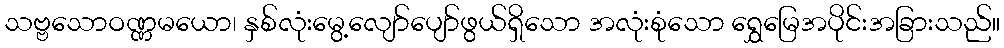
သဗ္ဗသောဝဏ္ဏမယော၊ နှစ်လုံးမွေ့လျော်ပျော်ဖွယ်ရှိသော အလုံးစုံသော ရွှေမြေအပိုင်းအခြားသည်။